Scientific memoirs by medical officers of the Army of India - Part I,
Year: 1884
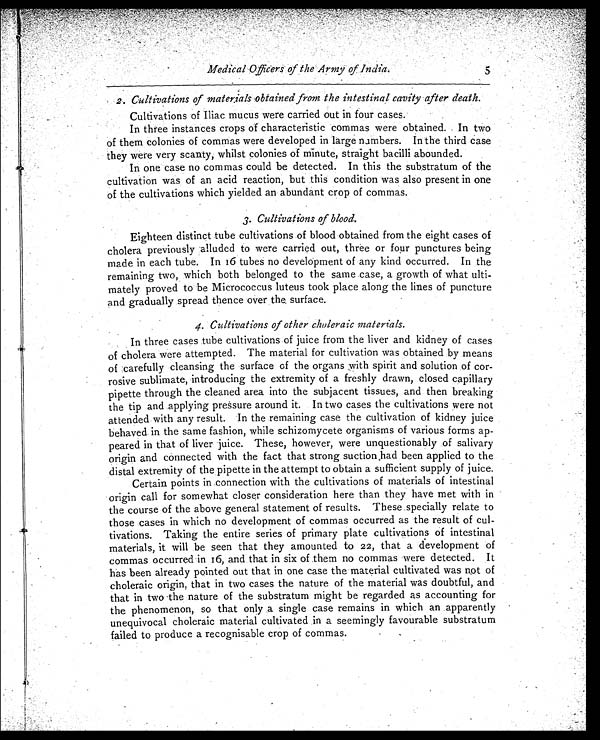
Medical Officers of the Army of India.
2. Cultivations of materials obtained from the intestinal cavity after death.
Cultivations of Iliac mucus were carried out in four cases.
In three instances crops of characteristic commas were obtained. In two
of them colonies of commas were developed in large numbers. In the third case
they were very scanty, whilst colonies of minute, straight bacilli abounded.
In one case no commas could be detected. In this the substratum of the
cultivation was of an acid reaction, but this condition was also present in one
of the cultivations which yielded an abundant crop of commas.
3. Cultivations of blood.
Eighteen distinct tube cultivations of blood obtained from the eight cases of
cholera previously alluded to were carried out, three or four punctures being
made in each tube. In 16 tubes no development of any kind occurred. In the
remaining two, which both belonged to the same case, a growth of what ulti
-mately proved to be Micrococcus luteus took place along the lines of puncture
and gradually spread thence over the . surface.
4. Cultivations of other choleraic materials.
In three cases tube cultivations of juice from the liver and kidney of cases
of cholera were attempted. The material for cultivation was obtained by means
of carefully cleansing the surface of the organs with spirit and solution of cor
-rosive sublimate, introducing the extremity of a freshly drawn, closed capillary
pipette through the cleaned area into the subjacent tissues, and then breaking
the tip and applying pressure around it. In two cases the cultivations were not
attended with any result. In the remaining case the cultivation of kidney juice
behaved in the same fashion, while schizomycete organisms of various forms ap--
peared in that of liver juice. These, however, were unquestionably of salivary
origin and connected with the fact that strong suction had been applied to the
distal extremity of the pipette in the attempt to obtain a sufficient supply of juice.
Certain points in connection with the cultivations of materials of intestinal
origin call for somewhat closer consideration here than they have met with in
the course of the above general statement of results. These specially relate to
those cases in which no development of commas occurred as the result of cul
-tivations. Taking the entire series of primary plate cultivations of intestinal
materials, it will be seen that they amounted to 22, that a development of
commas occurred in 16, and that in six of them no commas were detected. It
has been already pointed out that in one case the material cultivated was not of
choleraic origin, that in two cases the nature of the material was doubtful, and
that in two the nature of the substratum might be regarded as accounting for
the phenomenon, so that only a single case remains in which an apparently
unequivocal choleraic material cultivated in a seemingly favourable substratum
failed to produce a recognisable crop of commas.
5